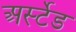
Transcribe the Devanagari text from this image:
अर्स्टेड